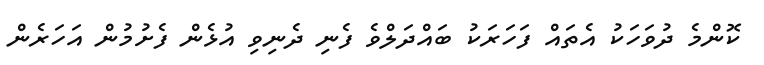
ކޮންމެ ދުވަހަކު އެތައް ފަހަރަކު ބައްދަލްވެ ފެނި ދެނިވި އުޅެން ފެށުމުން އަހަރެން